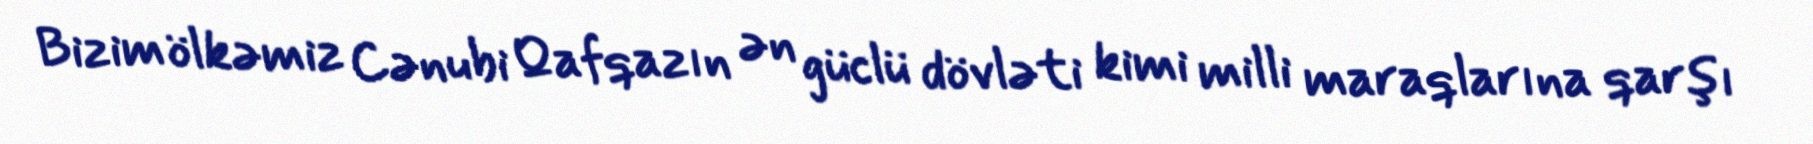
Bizim ölkəmiz Cənubi Qafqazın ən güclü dövləti kimi milli maraqlarına qarşı